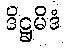
ဒိဋ္ဌမိဒံ